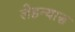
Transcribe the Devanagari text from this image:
लेहन्यास